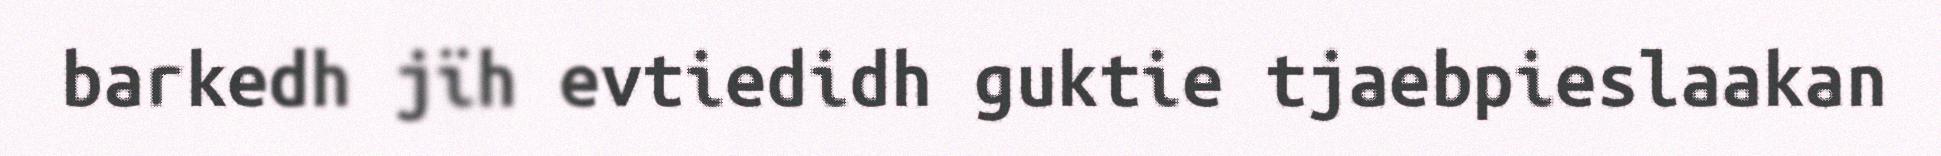
barkedh jïh evtiedidh guktie tjaebpieslaakan